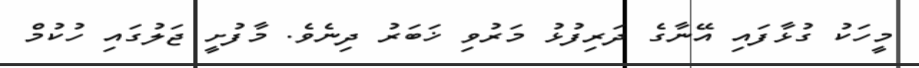
މީހަކު ގުޅާފައި އޭނާގެ ދަރިފުޅު މަރުވި ޚަބަރު ދިނެވެ. މާފުށީ ޖަލުގައި ހުކުމް